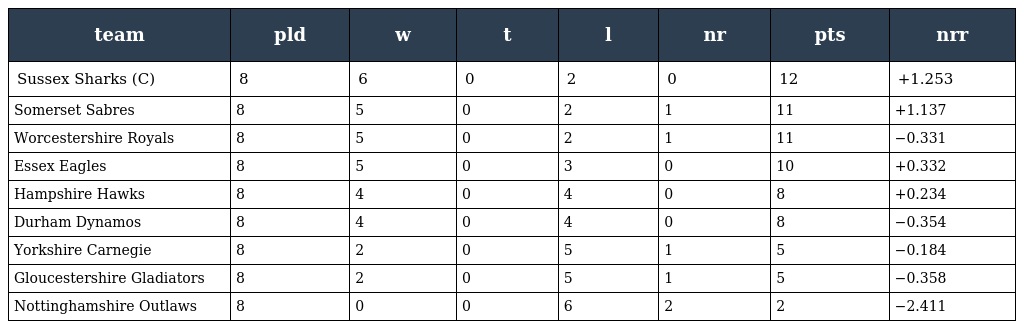
| team | pld | w | t | l | nr | pts | nrr |
 | --- | --- | --- | --- | --- | --- | --- | --- |
 | Sussex Sharks (C) | 8 | 6 | 0 | 2 | 0 | 12 | +1.253 |
 | Somerset Sabres | 8 | 5 | 0 | 2 | 1 | 11 | +1.137 |
 | Worcestershire Royals | 8 | 5 | 0 | 2 | 1 | 11 | −0.331 |
 | Essex Eagles | 8 | 5 | 0 | 3 | 0 | 10 | +0.332 |
 | Hampshire Hawks | 8 | 4 | 0 | 4 | 0 | 8 | +0.234 |
 | Durham Dynamos | 8 | 4 | 0 | 4 | 0 | 8 | −0.354 |
 | Yorkshire Carnegie | 8 | 2 | 0 | 5 | 1 | 5 | −0.184 |
 | Gloucestershire Gladiators | 8 | 2 | 0 | 5 | 1 | 5 | −0.358 |
 | Nottinghamshire Outlaws | 8 | 0 | 0 | 6 | 2 | 2 | −2.411 |